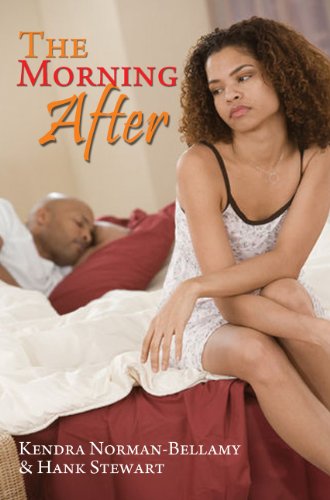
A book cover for The Morning After (Urban Books); Kendra Norman-Bellamy; Literature & Fiction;